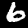
Label: 6